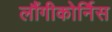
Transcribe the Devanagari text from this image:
लौंगीकोर्निस